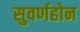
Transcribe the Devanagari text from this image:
सुवर्णहोन